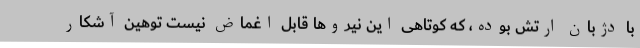
با دژبان ارتش بوده، که کوتاهی این نیروها قابل اغماض نیست توهین آشکار